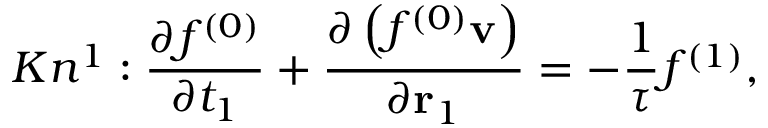
K { n ^ { 1 } } : \frac { { \partial { f ^ { ( 0 ) } } } } { { \partial { t _ { 1 } } } } + \frac { { \partial \left( { { f ^ { ( 0 ) } } { \bf { v } } } \right) } } { { \partial { { \bf { r } } _ { 1 } } } } = - \frac { 1 } { \tau } { f ^ { ( 1 ) } } ,